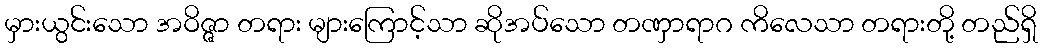
မှားယွင်းသော အဝိဇ္ဇာ တရား များကြောင့်သာ ဆိုအပ်သော တဏှာရာဂ ကိလေသာ တရားတို့ တည်ရှိ